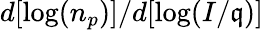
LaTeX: d[\log(n_{p})]/d[\log(I/\mathfrak{q})]